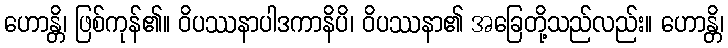
ဟောန္တိ၊ ဖြစ်ကုန်၏။ ဝိပဿနာပါဒကာနိပိ၊ ဝိပဿနာ၏ အခြေတို့သည်လည်း။ ဟောန္တိ၊